Treatise on elephants
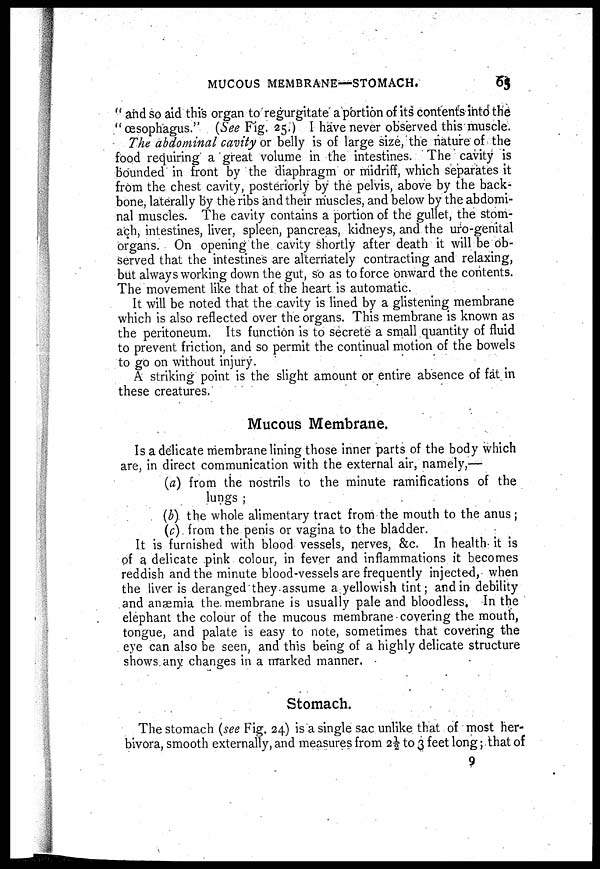
MUCOUS MEMBRANE—STOMACH.
65
" and so aid this organ to regurgitate a portion of its contents into the
" œsophagus." (See Fig. 25.) I have never observed this muscle.
The abdominal cavity or belly is of large size, the nature of the
food requiring a great volume in the intestines. The cavity is
bounded in front by the diaphragm or midriff, which separates it
from the chest cavity, posteriorly by the pelvis, above by the back-
bone, laterally by the ribs and their muscles, and below by the abdomi-
nal muscles. The cavity contains a portion of the gullet, the stom-
ach, intestines, liver, spleen, pancreas, kidneys, and the uro-genital
organs. On opening the cavity shortly after death it will be ob-
served that the intestines are alternately contracting and relaxing,
but always working down the gut, so as to force onward the contents.
The movement like that of the heart is automatic.
It will be noted that the cavity is lined by a glistening membrane
which is also reflected over the organs. This membrane is known as
the peritoneum. Its function is to secrete a small quantity of fluid
to prevent friction, and so permit the continual motion of the bowels
to go on without injury.
A striking point is the slight amount or entire absence of fat in
these creatures.
Mucous Membrane.
Is a delicate membrane lining those inner parts of the body which
are, in direct communication with the external air, namely,—
(a) from the nostrils to the minute ramifications of the
lungs ;
(b) the whole alimentary tract from the mouth to the anus;
(c) from the penis or vagina to the bladder.
It is furnished with blood vessels, nerves, &c. In health it is
pf a delicate pink colour, in fever and inflammations it becomes
reddish and the minute blood-vessels are frequently injected, when
the liver is deranged they assume a yellowish tint; and in debility
and anaemia the membrane is usually pale and bloodless, In the
elephant the colour of the mucous membrane covering the mouth,
tongue, and palate is easy to note, sometimes that covering the
eye can also be seen, and this being of a highly delicate structure
shows any changes in a marked manner.
Stomach.
The stomach (see Fig. 24) is a single sac unlike that of most her-
bivora, smooth externally, and measures from 2½ to 3 feet long ; that of
9